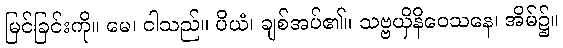
မြင်ခြင်းကို။ မေ၊ ငါသည်။ ပိယံ၊ ချစ်အပ်၏။ သဗ္ဗယှိနိဝေသနေ၊ အိမ်၌။